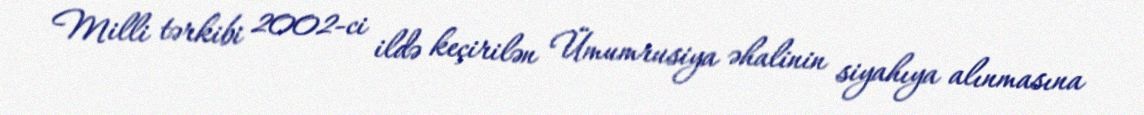
Milli tərkibi 2002-ci ildə keçirilən Ümumrusiya əhalinin siyahıya alınmasına